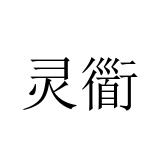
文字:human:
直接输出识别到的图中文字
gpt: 灵衟